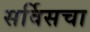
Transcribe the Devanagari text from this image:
सर्विसचा